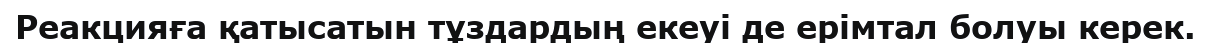
Реакцияға қатысатын тұздардың екеуі де ерімтал болуы керек.